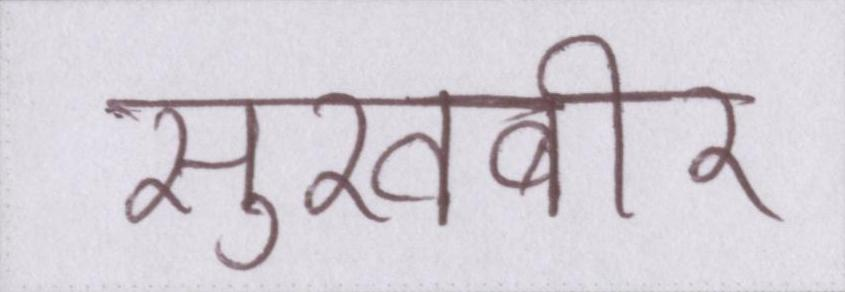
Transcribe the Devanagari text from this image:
सुखबीर